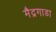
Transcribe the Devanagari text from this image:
मैद्रगाडा